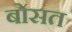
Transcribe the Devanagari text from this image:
बोसत